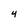
Character: 4